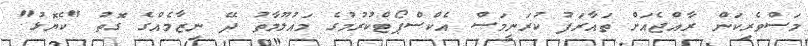
މަސްވެރިކަން ރާއްޖެއަށް ތައާރަފު ކުރަނީމަސް އެކްސްޕޯޓްކުރުމުގެ މައުލޫމާތު ދޭ ނިޒާމެއްގެ ގޮތު "ކެޔޮޅު"